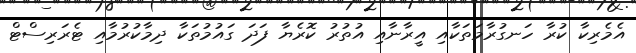
އެމެރިކާ ކުރާ ހަނގުރާމަތަކާއި އީރާނާއި އުތުރު ކޮރެޔާ ފަދަ ގައުމުތަކާ ދިމާކުރުމާއި ޓެރަރިސްޓް